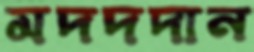
মদদদান